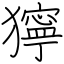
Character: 獰